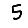
Digit: 5